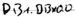
Text: DB1.DBx0.0